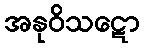
အနုဝိသဋော